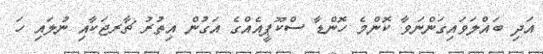
އަދި ބައްލަވައިގަންނަވާ ކޮންމެ ހޮންޑާ ސްކޫޕީއެއްގެ އަގުން އިތުރު ޗާރޖަކާއި ނުލައި ހަ